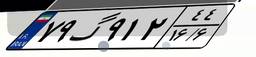
۷۹گ۹۱۲۴۴